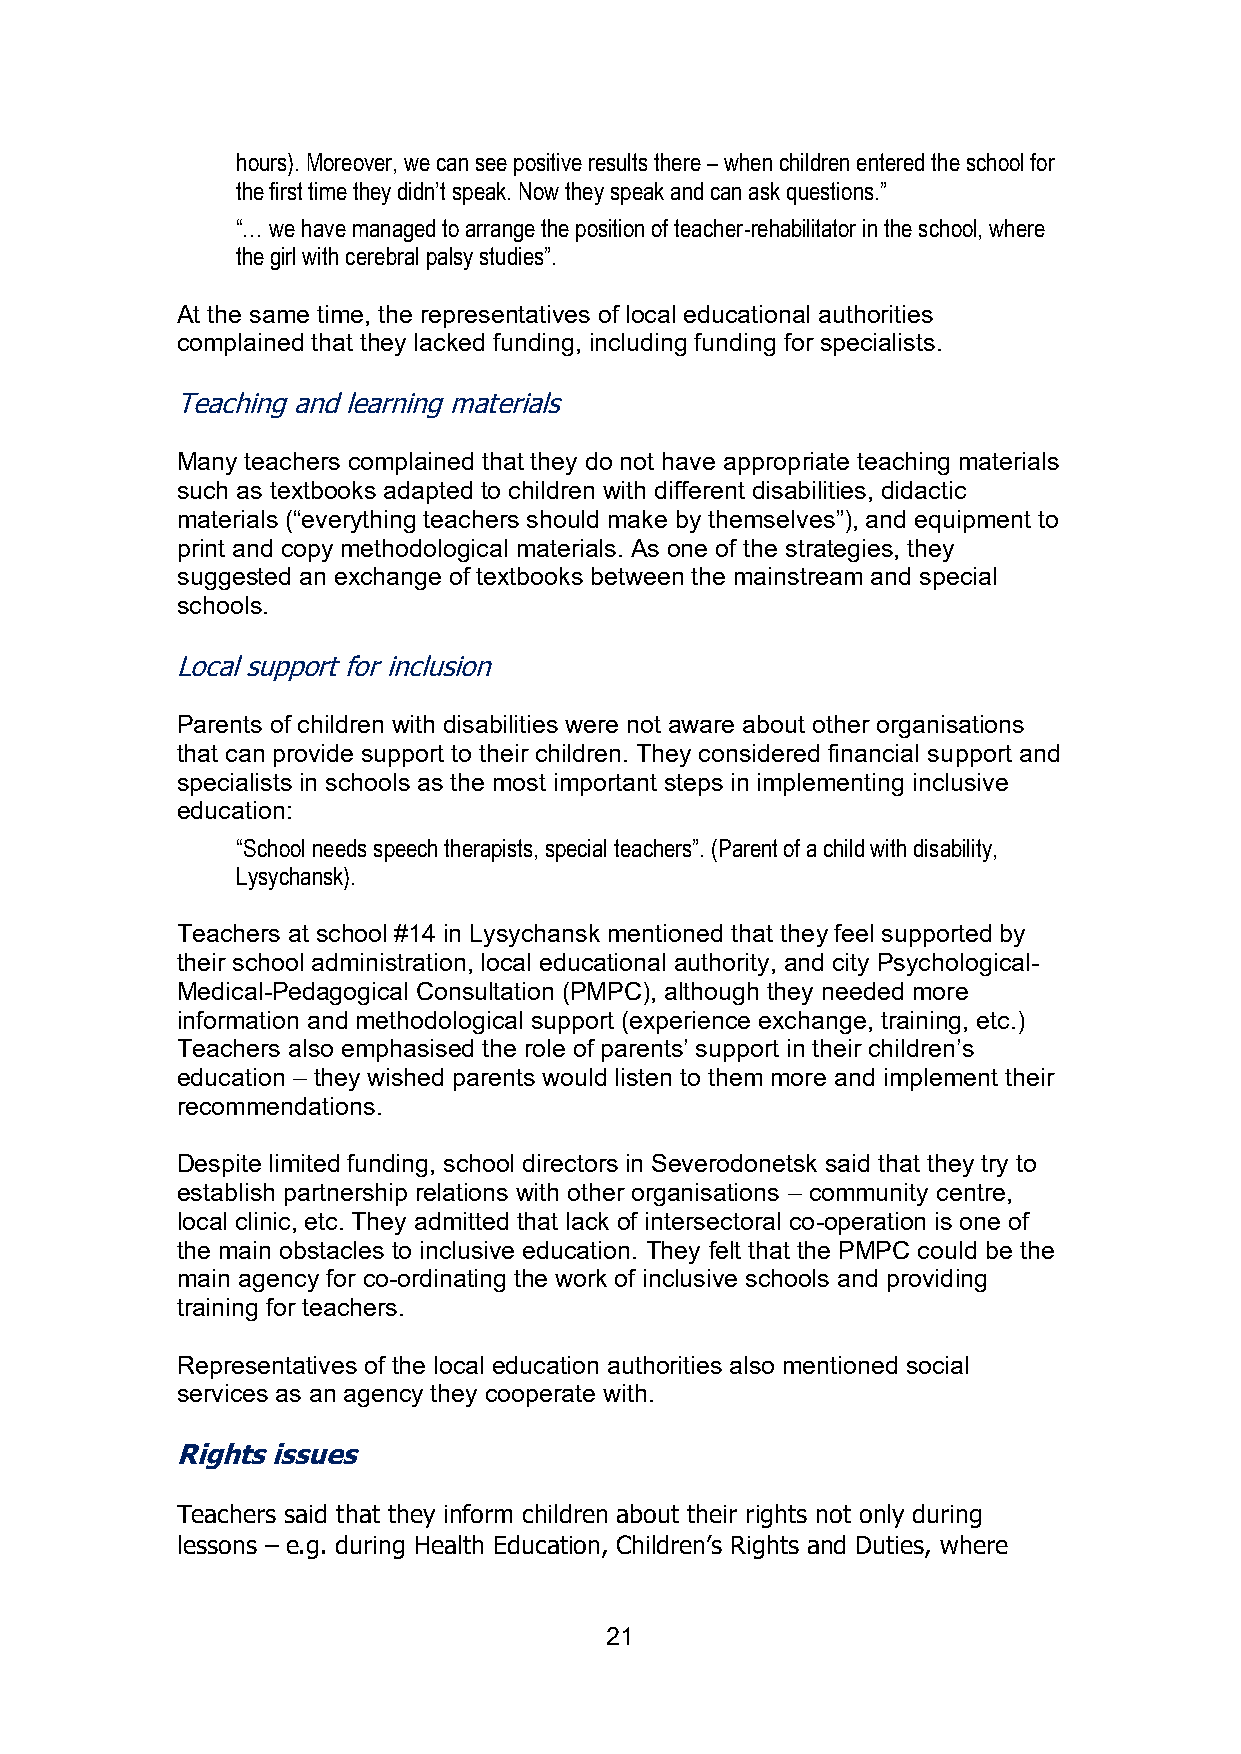
hours). Moreover, we can see positive results there – when children entered the school for
 the first time they didn’t speak. Now they speak and can ask questions.”
 “… we have managed to arrange the position of teacher-rehabilitator in the school, where
 the girl with cerebral palsy studies”.
 At the same time, the representatives of local educational authorities
 complained that they lacked funding, including funding for specialists.
 Teaching and learning materials
 Many teachers complained that they do not have appropriate teaching materials
 such as textbooks adapted to children with different disabilities, didactic
 materials (“everything teachers should make by themselves”), and equipment to
 print and copy methodological materials. As one of the strategies, they
 suggested an exchange of textbooks between the mainstream and special
 schools.
 Local support for inclusion
 Parents of children with disabilities were not aware about other organisations
 that can provide support to their children. They considered financial support and
 specialists in schools as the most important steps in implementing inclusive
 education:
 “School needs speech therapists, special teachers”. (Parent of a child with disability,
 Lysychansk).
 Teachers at school #14 in Lysychansk mentioned that they feel supported by
 their school administration, local educational authority, and city Psychological-
 Medical-Pedagogical Consultation (PMPC), although they needed more
 information and methodological support (experience exchange, training, etc.)
 Teachers also emphasised the role of parents’ support in their children’s
 education – they wished parents would listen to them more and implement their
 recommendations.
 Despite limited funding, school directors in Severodonetsk said that they try to
 establish partnership relations with other organisations – community centre,
 local clinic, etc. They admitted that lack of intersectoral co-operation is one of
 the main obstacles to inclusive education. They felt that the PMPC could be the
 main agency for co-ordinating the work of inclusive schools and providing
 training for teachers.
 Representatives of the local education authorities also mentioned social
 services as an agency they cooperate with.
 Rights issues
 Teachers said that they inform children about their rights not only during
 lessons – e.g. during Health Education, Children’s Rights and Duties, where
 21